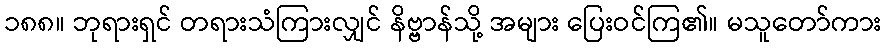
၁၈၈။ ဘုရားရှင် တရားသံကြားလျှင် နိဗ္ဗာန်သို့ အများ ပြေးဝင်ကြ၏။ မသူတော်ကား